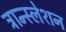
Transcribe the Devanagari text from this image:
त्रान्स्लेशन